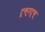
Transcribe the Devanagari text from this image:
टूकुतटूकू